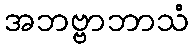
အဘဗ္ဗာဘာသံ